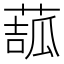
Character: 𦸉